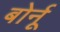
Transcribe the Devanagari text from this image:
बोर्नू